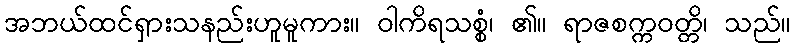
အဘယ်ထင်ရှားသနည်းဟူမူကား။ ဝါကိရသစ္စံ၊ ၏။ ရာဇစက္ကဝတ္တိ၊ သည်။